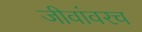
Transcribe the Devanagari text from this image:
जीवांवरच